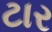
ટાર